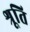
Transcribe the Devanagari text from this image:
श्रूति